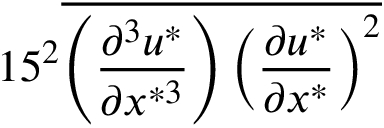
1 5 ^ { 2 } \overline { { \left( \frac { \partial ^ { 3 } u ^ { * } } { \partial x ^ { * 3 } } \right) \left( \frac { \partial u ^ { * } } { \partial x ^ { * } } \right) ^ { 2 } } }